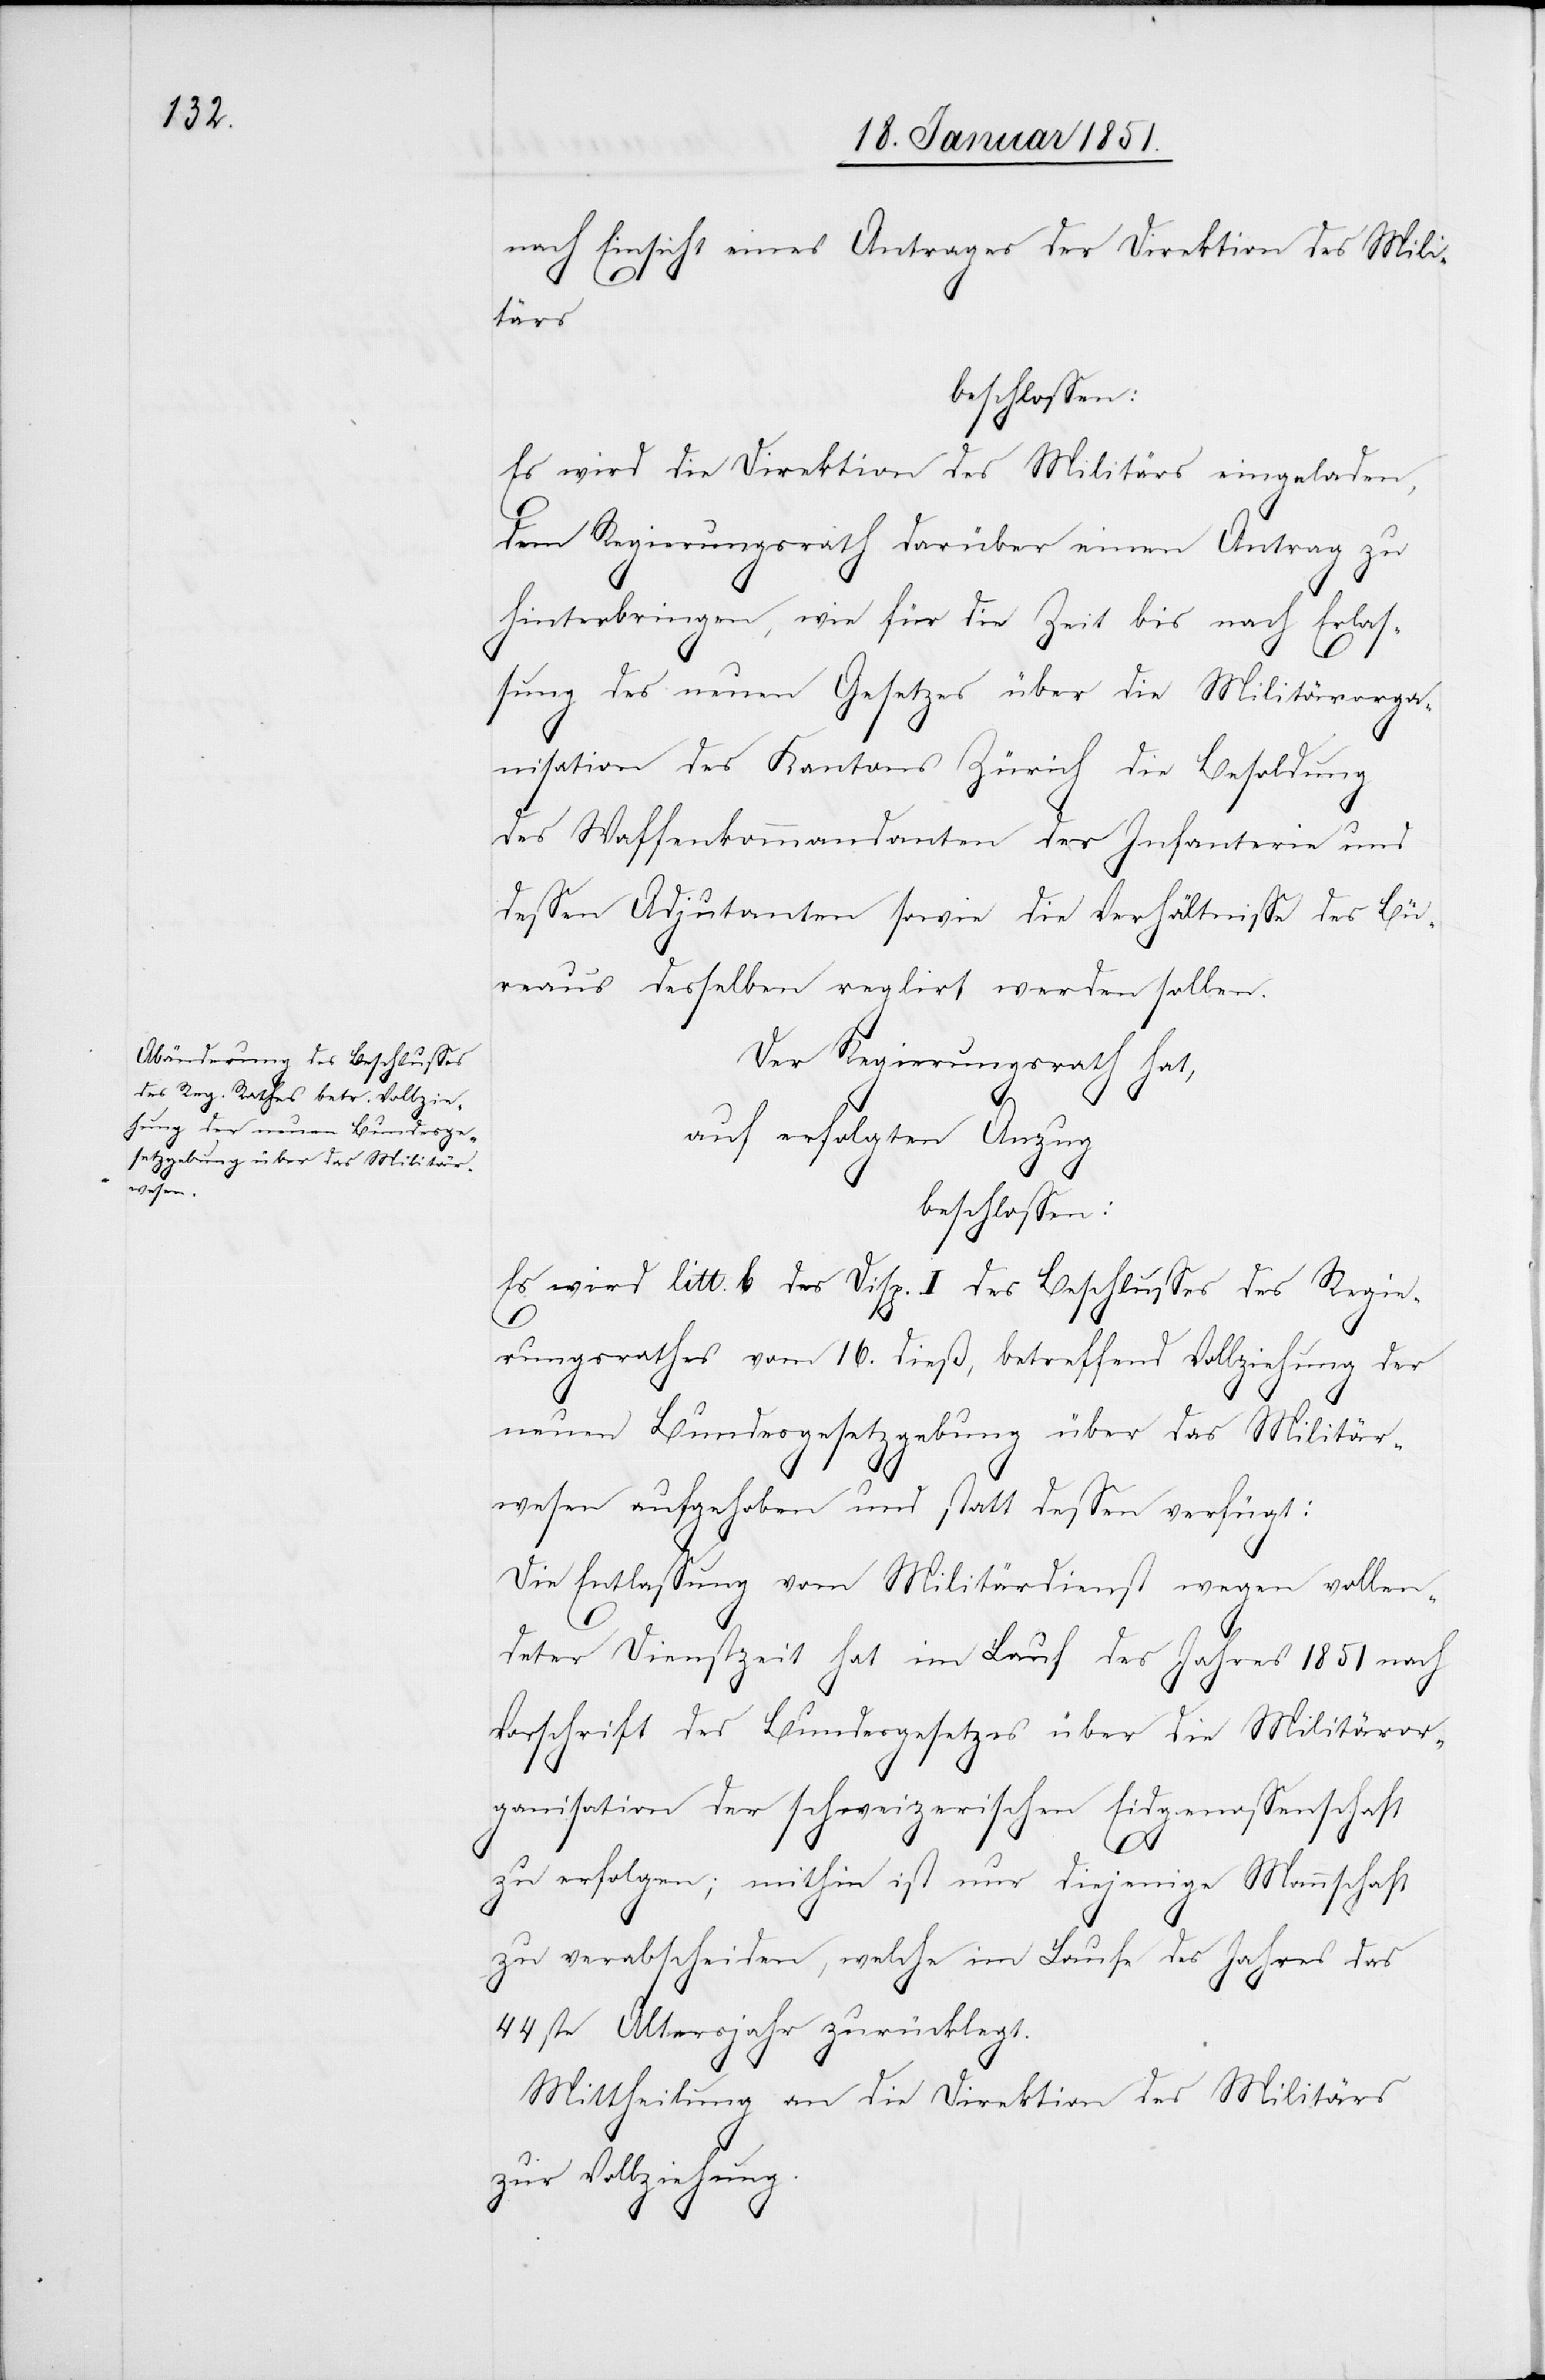
nach Einsicht eines Antrages der Direktion des Mili¬
tärs
beschlossen:
Es wird die Direktion des Militärs eingeladen,
dem Regierungsrath darüber einen Antrag zu
hinterbringen, wie für die Zeit bis nach Erlas¬
sung des neuen Gesetzes über die Militärorga¬
nisation des Kantons Zürich die Besoldung
des Waffenkommandanten der Infanterie und
dessen Adjutanten sowie die Verhältnisse des Bü¬
reaus desselben reglirt werden sollen.
Der Regierungsrath hat,
auf erfolgten Anzug
beschlossen:
Es wird litt. b des Disp. I des Beschlusses des Regie¬
rungsrathes vom 16. dieß, betreffend Vollziehung der
neuen Bundesgesetzgebung über das Militär¬
wesen aufgehoben und statt dessen verfügt:
Die Entlassung vom Militärdienst wegen vollen¬
deter Dienstzeit hat im Lauf des Jahres 1851 nach
Vorschrift des Bundesgesetzes über die Militäror¬
ganisation der schweizerischen Eidgenossenschaft
zu erfolgen; mithin ist nur diejenige Mannschaft
zu verabscheiden, welche im Laufe des Jahres das
44ste Altersjahr zurücklegt.
Mittheilung an die Direktion des Militärs
zur Vollziehung.